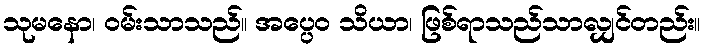
သုမနော၊ ဝမ်းသာသည်။ အပ္ပေဝ သိယာ၊ ဖြစ်ရာသည်သာလျှင်တည်း။